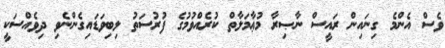
ވެސް އެންމެ ގިނައިން ރައީސް ނާޞިރާ މުޢާމަލާތް ކުރެއްވުމުގެ ފުރުސަތު ލިބިވަޑައިގެންނެވި ދިވެއްސަކީ